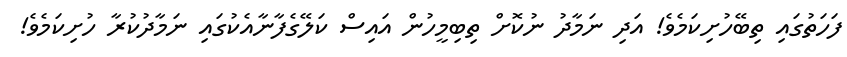
ފަހަތުގައި ތިބޭހުށިކަމެވެ! އަދި ނަމާދު ނުކޮށް ތިބިމީހުން އައިސް ކަލޭގެފާނާއެކުގައި ނަމާދުކުރާ ހުށިކަމެވެ!